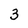
Character: 3